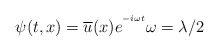
\begin{align*}\psi (t,x)=\overline{u}(x)e^{^{-i\omega t}}\omega =\lambda /2\end{align*}